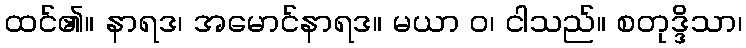
ထင်၏။ နာရဒ၊ အမောင်နာရဒ။ မယာ ဝ၊ ငါသည်။ စတုဒ္ဒိသာ၊